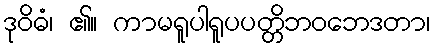
ဒုဝိဓံ၊ ၏။ ကာမရူပါရူပပတ္တိဘဝဘေဒတာ၊